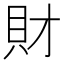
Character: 財